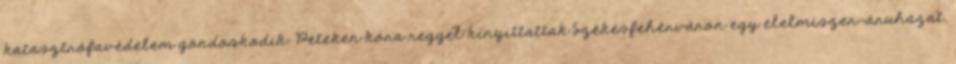
katasztrófavédelem gondoskodik. Péteken kora reggel kinyittattak Székesfehérváron egy élelmiszer-áruházat,